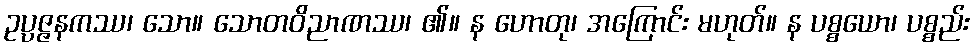
ဥပ္ပဇ္ဇနကဿ၊ သော။ သောတဝိညာဏဿ၊ ၏။ န ဟောတု၊ အကြောင်း မဟုတ်။ န ပစ္စယော၊ ပစ္စည်း